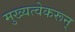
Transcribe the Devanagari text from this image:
मुख्यत्वेकरून्